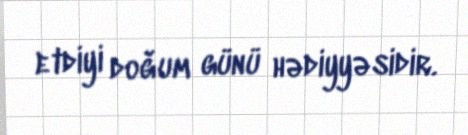
etdiyi doğum günü hədiyyəsidir.